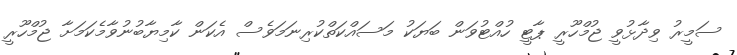
ސަމީރު ވިދާޅުވީ ޖުމްހޫރީ ޕާޓީ ހުއްޓުވަން ބަޔަކު މަސައްކަތްކުރިނަމަވެސް އެކަން ކާމިޔާބުނުވާމެކަމަށާ ޖުމްހޫރީ